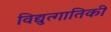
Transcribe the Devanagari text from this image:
विद्युत्गातिकी